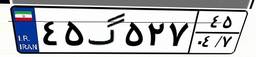
۴۵گ۵۲۷۴۵